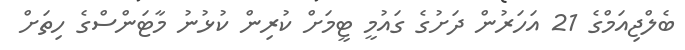
ބެލްޖިއަމްގެ 21 އަހަރުން ދަށުގެ ގައުމީ ޓީމަށް ކުރިން ކުޅުނު މާޓަންސްގެ ހިތަށް